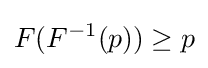
F(F^{-1}(p))\geq p